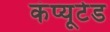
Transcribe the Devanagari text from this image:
कंप्यूटेड